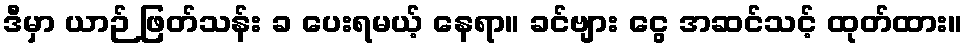
ဒီမှာ ယာဉ် ဖြတ်သန်း ခ ပေးရမယ့် နေရာ။ ခင်ဗျား ငွေ အဆင်သင့် ထုတ်ထား။